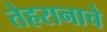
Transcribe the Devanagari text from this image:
तेहरानाचे